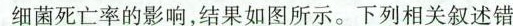
细菌死亡率的影响，结果如图所示。下列相关叙述错